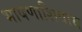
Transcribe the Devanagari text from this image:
भाषणाशिवाय